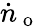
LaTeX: \dot{n}_{\mathrm{~o~}}